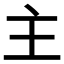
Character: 主